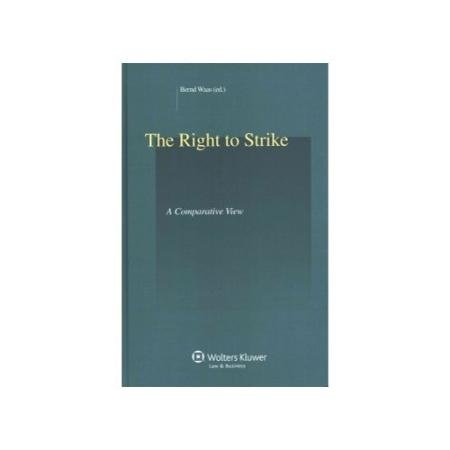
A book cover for The Right to Strike: A Comparative View (Studies in Employment and Social Policy Series); Bernd Waas; Law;